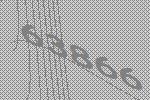
63866